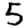
Digit: 5